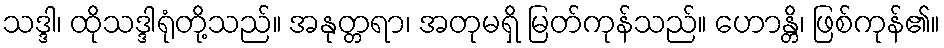
သဒ္ဒါ၊ ထိုသဒ္ဒါရုံတို့သည်။ အနုတ္တရာ၊ အတုမရှိ မြတ်ကုန်သည်။ ဟောန္တိ၊ ဖြစ်ကုန်၏။